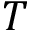
T